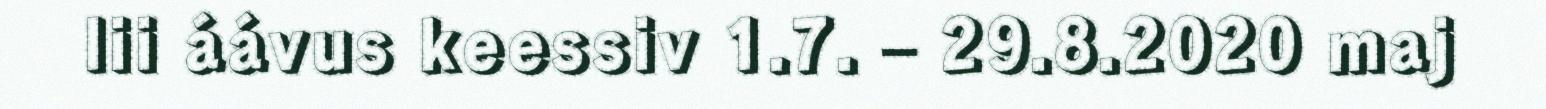
lii áávus keessiv 1.7. – 29.8.2020 maj